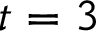
t = 3